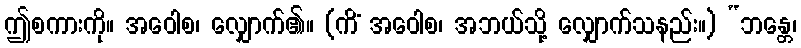
ဤစကားကို။ အဝေါစ၊ လျှောက်၏။ (ကိံ အဝေါစ၊ အဘယ်သို့ လျှောက်သနည်း။) “ဘန္တေ၊